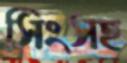
সিংসহ